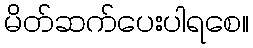
မိတ်ဆက်ပေးပါရစေ။